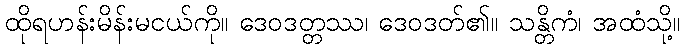
ထိုရဟန်းမိန်းမငယ်ကို။ ဒေဝဒတ္တဿ၊ ဒေဝဒတ်၏။ သန္တိကံ၊ အထံသို့။